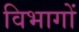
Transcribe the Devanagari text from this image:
विभागों